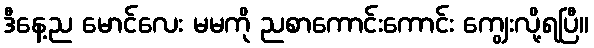
ဒီနေ့ည မောင်လေး မမကို ညစာကောင်းကောင်း ကျွေးလို့ရပြီ။